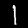
Digit: 1